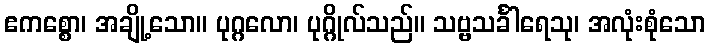
ဧကစ္စော၊ အချို့သော။ ပုဂ္ဂလော၊ ပုဂ္ဂိုလ်သည်။ သဗ္ဗသင်္ခါရေသု၊ အလုံးစုံသော